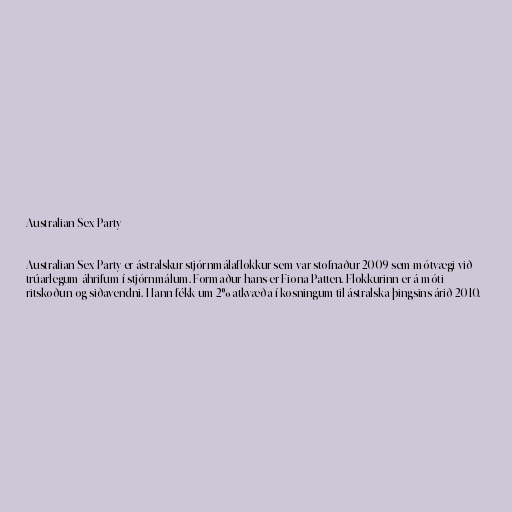
Australian Sex Party

Australian Sex Party er ástralskur stjórnmálaflokkur sem var stofnaður 2009 sem mótvægi við
trúarlegum áhrifum í stjórnmálum. Formaður hans er Fiona Patten. Flokkurinn er á móti
ritskoðun og siðavendni. Hann fékk um 2% atkvæða í kosningum til ástralska þingsins árið 2010.